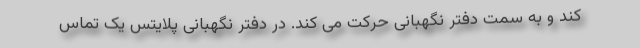
کند و به سمت دفتر نگهبانی حرکت می کند. در دفتر نگهبانی پلایتس یک تماس